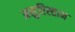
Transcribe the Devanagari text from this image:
असुरिस्तान